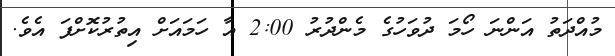
މުއްދަތު އަންނަ ހޯމަ ދުވަހުގެ މެންދުރު 2:00 އާ ހަމައަށް އިތުރުކޮށްފަ އެވެ.